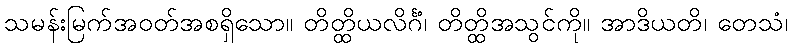
သမန်းမြက်အဝတ်အစရှိသော။ တိတ္ထိယလိင်္ဂံ၊ တိတ္ထိအသွင်ကို။ အာဒိယတိ၊ တေသံ၊